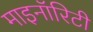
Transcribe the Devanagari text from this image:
माइनॉरिटी